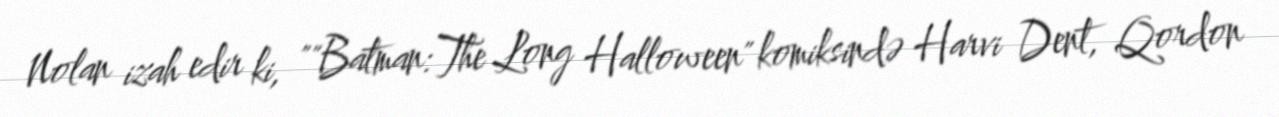
Nolan izah edir ki, ""Batman:The Long Halloween" komiksində Harvi Dent, Qordon